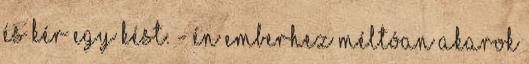
és kér egy kést. - Én emberhez méltóan akarok